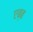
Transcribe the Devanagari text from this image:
एब्ब